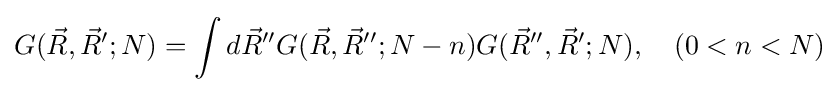
G({\vec {R}},{\vec {R}}';N)=\int d{\vec {R}}''G({\vec {R}},{\vec {R}}'';N-n)G({\vec {R}}'',{\vec {R}}';N),\quad (0<n<N)